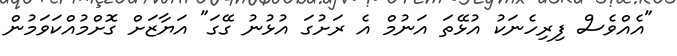
"އެއްވެސް ފިރިހެނަކު އުޅޭތަ އަނުމް އެ ރަށުގަ އުޅުނު ގޭގަ" އަޔާޒަށް ގޮށްމުއްކަވަމުން